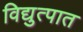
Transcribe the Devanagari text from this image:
विद्युत्पात